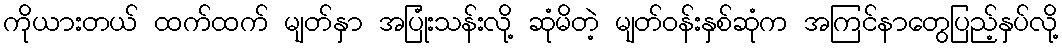
ကိုယားတယ် ထက်ထက် မျတ်နှာ အပြုံးသန်းလို့ ဆုံမိတဲ့ မျတ်ဝန်းနှစ်ဆုံက အကြင်နာတွေပြည့်နှပ်လို့